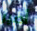
أصير